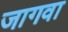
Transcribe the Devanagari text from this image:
जागवा